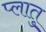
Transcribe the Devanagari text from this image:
प्लातु